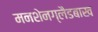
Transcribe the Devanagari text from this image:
मनशेनग्लैडबाख